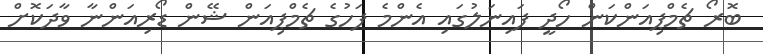
ބޮރޯ ޗެމްޕިއަންކަން ހޯދީ ފައިނަލުގައި އެންމެ ފަހުގެ ޗެމްޕިއަން ޝޭން ޑޯރިއަންނާ ވާދަކޮށް